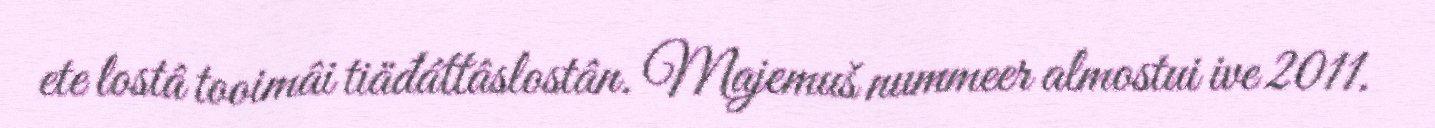
ete lostâ tooimâi tiäđáttâslostân. Majemuš nummeer almostui ive 2011.